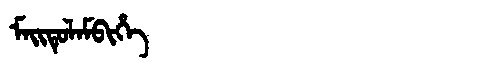
Manchu: ᠮᠠᡳᡨᡠᠯᠠᠮᠪᡳᡥᡝ
Romanization: MAITULAMBIHE